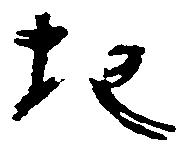
地